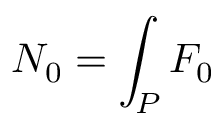
N _ { 0 } = \int _ { P } F _ { 0 }